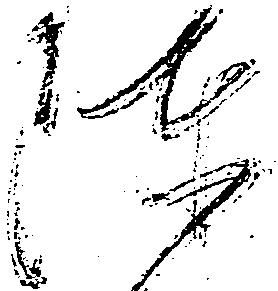
陣